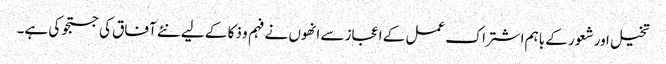
تخیل اور شعور کے باہم اشتراک عمل کے اعجاز سے انھوں نے فہم و ذکا کے لیے نئے آفاق کی جستجو کی ہے۔